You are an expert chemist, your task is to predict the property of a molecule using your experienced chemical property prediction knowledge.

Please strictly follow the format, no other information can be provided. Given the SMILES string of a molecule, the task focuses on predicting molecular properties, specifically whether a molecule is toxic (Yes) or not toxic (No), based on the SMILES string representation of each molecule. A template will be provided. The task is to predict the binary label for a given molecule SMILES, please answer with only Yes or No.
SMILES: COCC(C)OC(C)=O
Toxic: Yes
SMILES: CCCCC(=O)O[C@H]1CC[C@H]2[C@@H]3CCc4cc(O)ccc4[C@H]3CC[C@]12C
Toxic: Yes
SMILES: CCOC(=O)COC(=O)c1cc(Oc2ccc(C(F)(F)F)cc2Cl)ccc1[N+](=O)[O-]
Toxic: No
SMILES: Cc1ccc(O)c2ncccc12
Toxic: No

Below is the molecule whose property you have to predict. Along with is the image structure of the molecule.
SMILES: CC(=O)c1cc(C(C)(C)C)cc2c1CCC2(C)C
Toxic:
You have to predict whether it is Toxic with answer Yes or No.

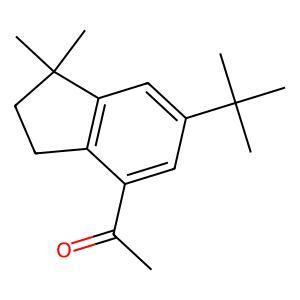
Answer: No